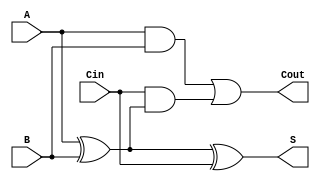
module FullAdder (
    input wire A,      // First input bit
    input wire B,      // Second input bit
    input wire Cin,    // Carry-in bit
    output reg S,      // Sum output
    output reg Cout    // Carry-out output
);

// Behavioral description of the Full Adder
always @(*) begin
    // Compute the sum output
    S = A ^ B ^ Cin; // S = A XOR B XOR Cin
    
    // Compute the carry-out output
    Cout = (A & B) | (Cin & (A ^ B)); // Cout = (A AND B) OR (Cin AND (A XOR B))
end

endmodule